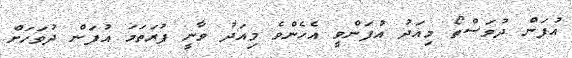
އުފަން ދުވަސްތޯ މިއަދު އުފަންވީ އެހެންވެ މިއަދު ވާނީ ފުރަތަމަ އުފަން ދުވަހަށް